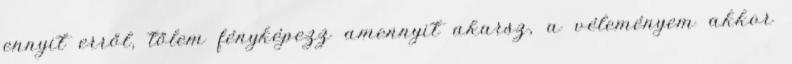
ennyit erről, tőlem fényképezz amennyit akarsz, a véleményem akkor